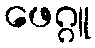
ဖေဂ္ဂူ